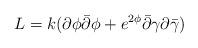
LaTeX: \begin{align*}L = k(\partial\phi\bar\partial\phi + e^{2\phi}\bar\partial\gamma\partial\bar\gamma) \end{align*}